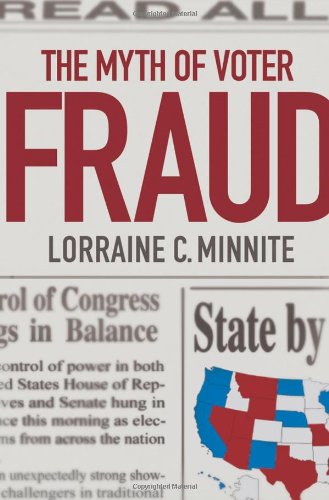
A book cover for The Myth of Voter Fraud; Lorraine C. Minnite; Law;